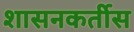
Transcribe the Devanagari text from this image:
शासनकर्तीस